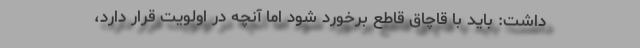
داشت: باید با قاچاق قاطع برخورد شود اما آنچه در اولویت قرار دارد،